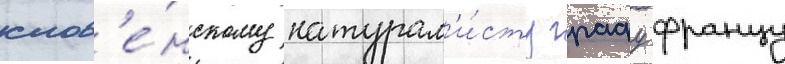
слов'е́нскому натурал'и́сту графу францу